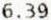
6.39